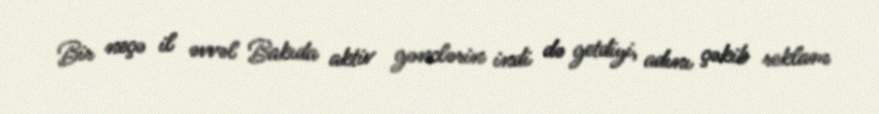
Bir neçə il əvvəl Bakıda aktiv gənclərin indi də getdiyi, adını çəkib reklam